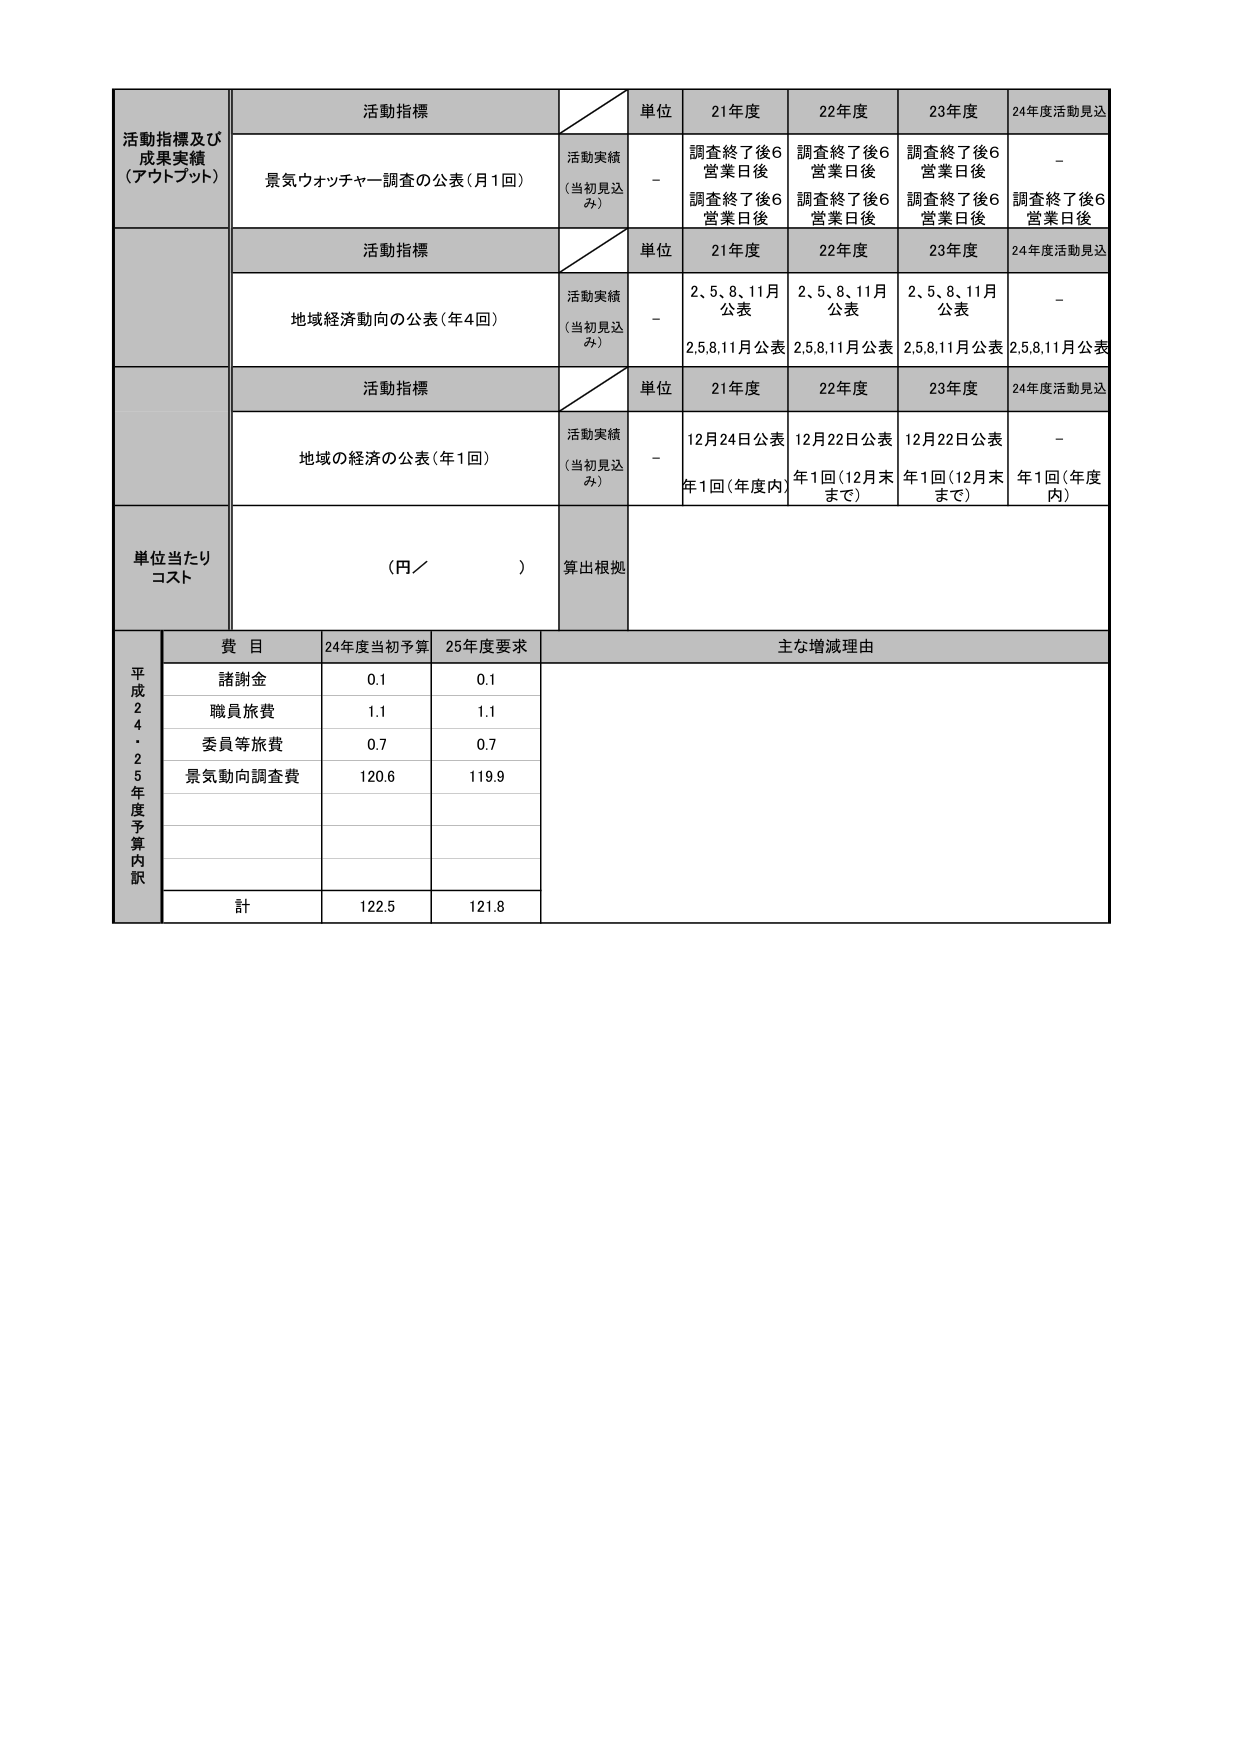
活動指標及び
成果実績
(アウトプット)
活動指標
単位
21年度
22年度
23年度
24年度活動見込
景気ウォッチャー調査の公表(月1回)
活動実績
(当初見込み)
-
調査終了後6
営業日後
調査終了後6
営業日後
調査終了後6
営業日後
-
調査終了後6
営業日後
調査終了後6
営業日後
活動指標
単位
21年度
22年度
23年度
24年度活動見込
地域経済動向の公表(年4回)
活動実績
(当初見込み)
-
2、5、8、11月
公表
2、5、8、11月
公表
2、5、8、11月
公表
-
2,5,8,11月公表
2,5,8,11月公表
2,5,8,11月公表
2,5,8,11月公表
活動指標
単位
21年度
22年度
23年度
24年度活動見込
地域の経済の公表(年1回)
活動実績
(当初見込み)
-
12月24日公表
12月22日公表
12月22日公表
-
年1回(年度内)
年1回(12月末
まで)
年1回(12月末
まで)
年1回(年度
内)
単位当たり
コスト
(円／
)
算出根拠
平成
2
4
・
2
5
年度
予算
内訳
費目
24年度当初予算
25年度要求
主な増減理由
諸謝金
0.1
0.1
職員旅費
1.1
1.1
委員等旅費
0.7
0.7
景気動向調査費
120.6
119.9
計
122.5
121.8